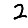
Digit: 2